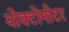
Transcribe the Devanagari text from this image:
योक्टोमीटर